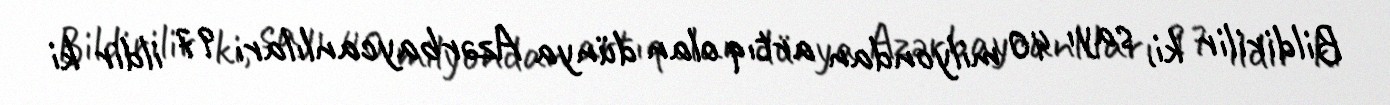
Bildirilir ki, sayı 40 milyondan artıq olan dünya Azərbaycanlıları 97 ildir ki